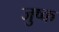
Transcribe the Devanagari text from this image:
जुष्क